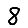
Digit: 8